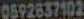
0592637102